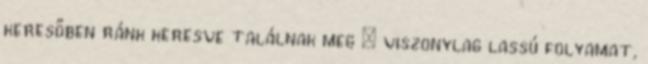
keresőben ránk keresve találnak meg — viszonylag lassú folyamat,